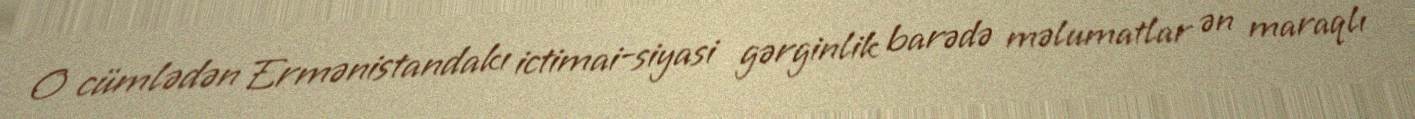
O cümlədən Ermənistandakı ictimai-siyasi gərginlik barədə məlumatlar ən maraqlı